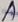
Text: A